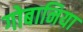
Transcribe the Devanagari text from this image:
गोबानिया